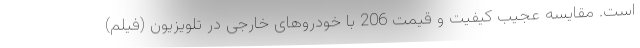
است. مقایسه عجیب کیفیت و قیمت 206 با خودروهای خارجی در تلویزیون (فیلم)